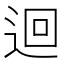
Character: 迴